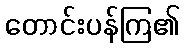
တောင်းပန်ကြ၏